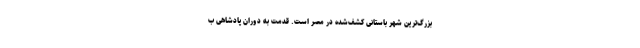
بزرگ‌ترین شهر باستانی کشف‌شده در مصر است. قدمت به دوران پادشاهی ب